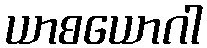
ယာစယောဂါ